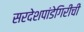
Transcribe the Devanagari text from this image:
सरदेशपांडेगिरीची